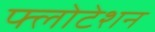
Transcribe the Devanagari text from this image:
फ्लोटेशन